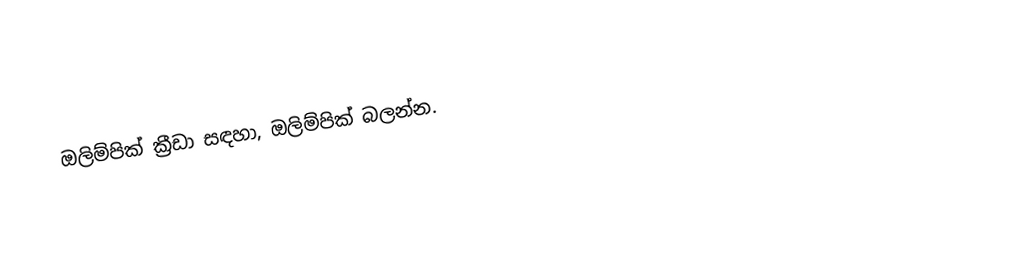
ඔලිම්පික් ක්‍රීඩා සඳහා, ඔලිම්පික් බලන්න.